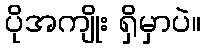
ပိုအကျိုး ရှိမှာပဲ။